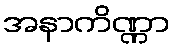
အနာကိဏ္ဏာ